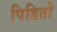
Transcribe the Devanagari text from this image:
पिडितो